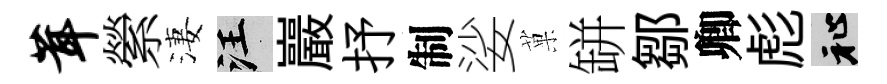
茸縈淒汪巖抒制娑菓缾鄒卿彪祉